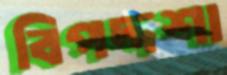
বিপদ্দশা